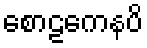
စောဠကေနပိ